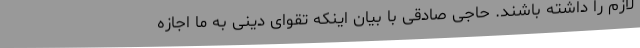
لازم را داشته باشند. حاجی صادقی با بیان اینکه تقوای دینی به ما اجازه